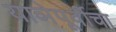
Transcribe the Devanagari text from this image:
याञेपूर्वीचा